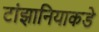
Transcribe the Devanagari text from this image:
टांझानियाकडे